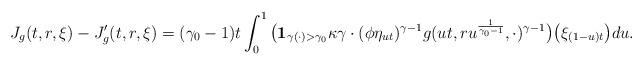
LaTeX: \begin{align*} J_g(t,r,\xi) - J'_g(t,r,\xi)= (\gamma_0 - 1)t\int_0^1 \big( \mathbf 1_{\gamma(\cdot )> \gamma_0} \kappa\gamma \cdot ( \phi \eta_{ut} )^{\gamma - 1} g (ut,ru^{\frac{1}{\gamma_0 - 1}},\cdot )^{\gamma-1} \big) \big( \xi_{(1-u)t} \big) du.\end{align*}